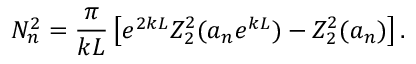
N _ { n } ^ { 2 } = \frac { \pi } { k L } \left[ e ^ { 2 k L } Z _ { 2 } ^ { 2 } ( a _ { n } e ^ { k L } ) - Z _ { 2 } ^ { 2 } ( a _ { n } ) \right] .